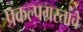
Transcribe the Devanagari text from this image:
प्रकल्पग्रस्तांचे